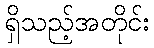
ရှိသည့်အတိုင်း